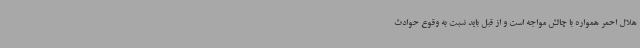
هلال احمر همواره با چالش مواجه است و از قبل باید نسبت به وقوع حوادث